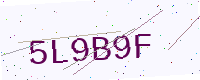
Text: 5L9B9F